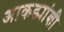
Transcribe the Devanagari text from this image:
आकड्यांशी